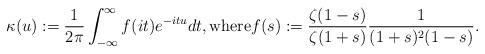
LaTeX: \begin{align*} \kappa(u) := \frac{1}{2\pi} \int_{-\infty}^{\infty} f(it)e^{-itu}dt, \textnormal{where} f(s) := \frac{\zeta(1-s)}{\zeta(1+s)}\frac{1}{(1+s)^2(1-s)}. \end{align*}